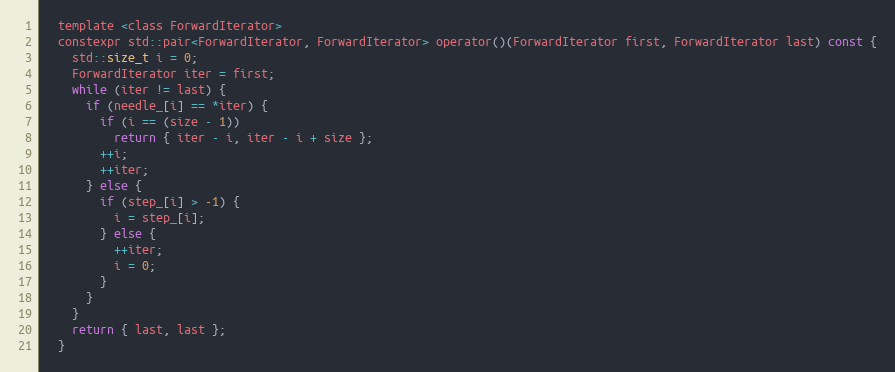
Language: C
  template <class ForwardIterator>
  constexpr std::pair<ForwardIterator, ForwardIterator> operator()(ForwardIterator first, ForwardIterator last) const {
    std::size_t i = 0;
    ForwardIterator iter = first;
    while (iter != last) {
      if (needle_[i] == *iter) {
        if (i == (size - 1))
          return { iter - i, iter - i + size };
        ++i;
        ++iter;
      } else {
        if (step_[i] > -1) {
          i = step_[i];
        } else {
          ++iter;
          i = 0;
        }
      }
    }
    return { last, last };
  }